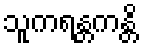
သူကရန္တကန္တိ